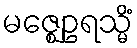
မဇ္ဈေဥရသ္မိံ